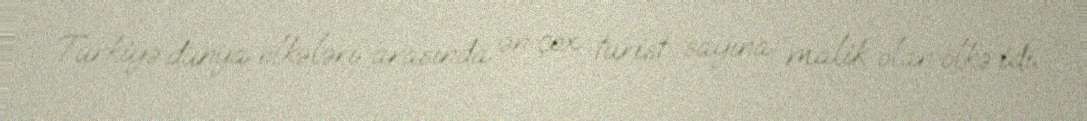
Türkiyə dünya ölkələri arasında ən çox turist sayına malik olan ölkə idi.